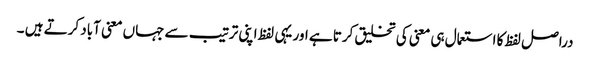
دراصل لفظ کا استعمال ہی معنی کی تخلیق کرتا ہے اور یہی لفظ اپنی ترتیب سے جہاں معنی آباد کرتے ہیں ۔